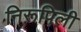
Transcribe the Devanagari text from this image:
निरूपिली